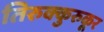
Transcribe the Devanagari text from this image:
तिरुक्कुरुकूर